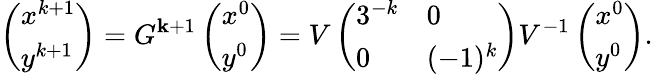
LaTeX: \left(\begin{array}{l}{x^{k+1}}\\ {y^{k+1}}\end{array}\right)=G^{\mathbf{k}+1}\left(\begin{array}{l}{x^{0}}\\ {y^{0}}\end{array}\right)=V\left(\begin{array}{ll}{3^{-k}}&{0}\\ {0}&{(-1)^{k}}\end{array}\right)V^{-1}\left(\begin{array}{l}{x^{0}}\\ {y^{0}}\end{array}\right).